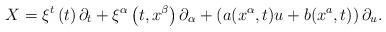
LaTeX: \begin{align*}X=\xi ^{t}\left( t\right) \partial _{t}+\xi ^{\alpha }\left( t,x^{\beta}\right) \partial _{\alpha }+\left( a(x^{\alpha },t)u+b(x^{a},t)\right)\partial _{u}. \end{align*}